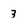
Character: 3